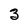
Character: 3